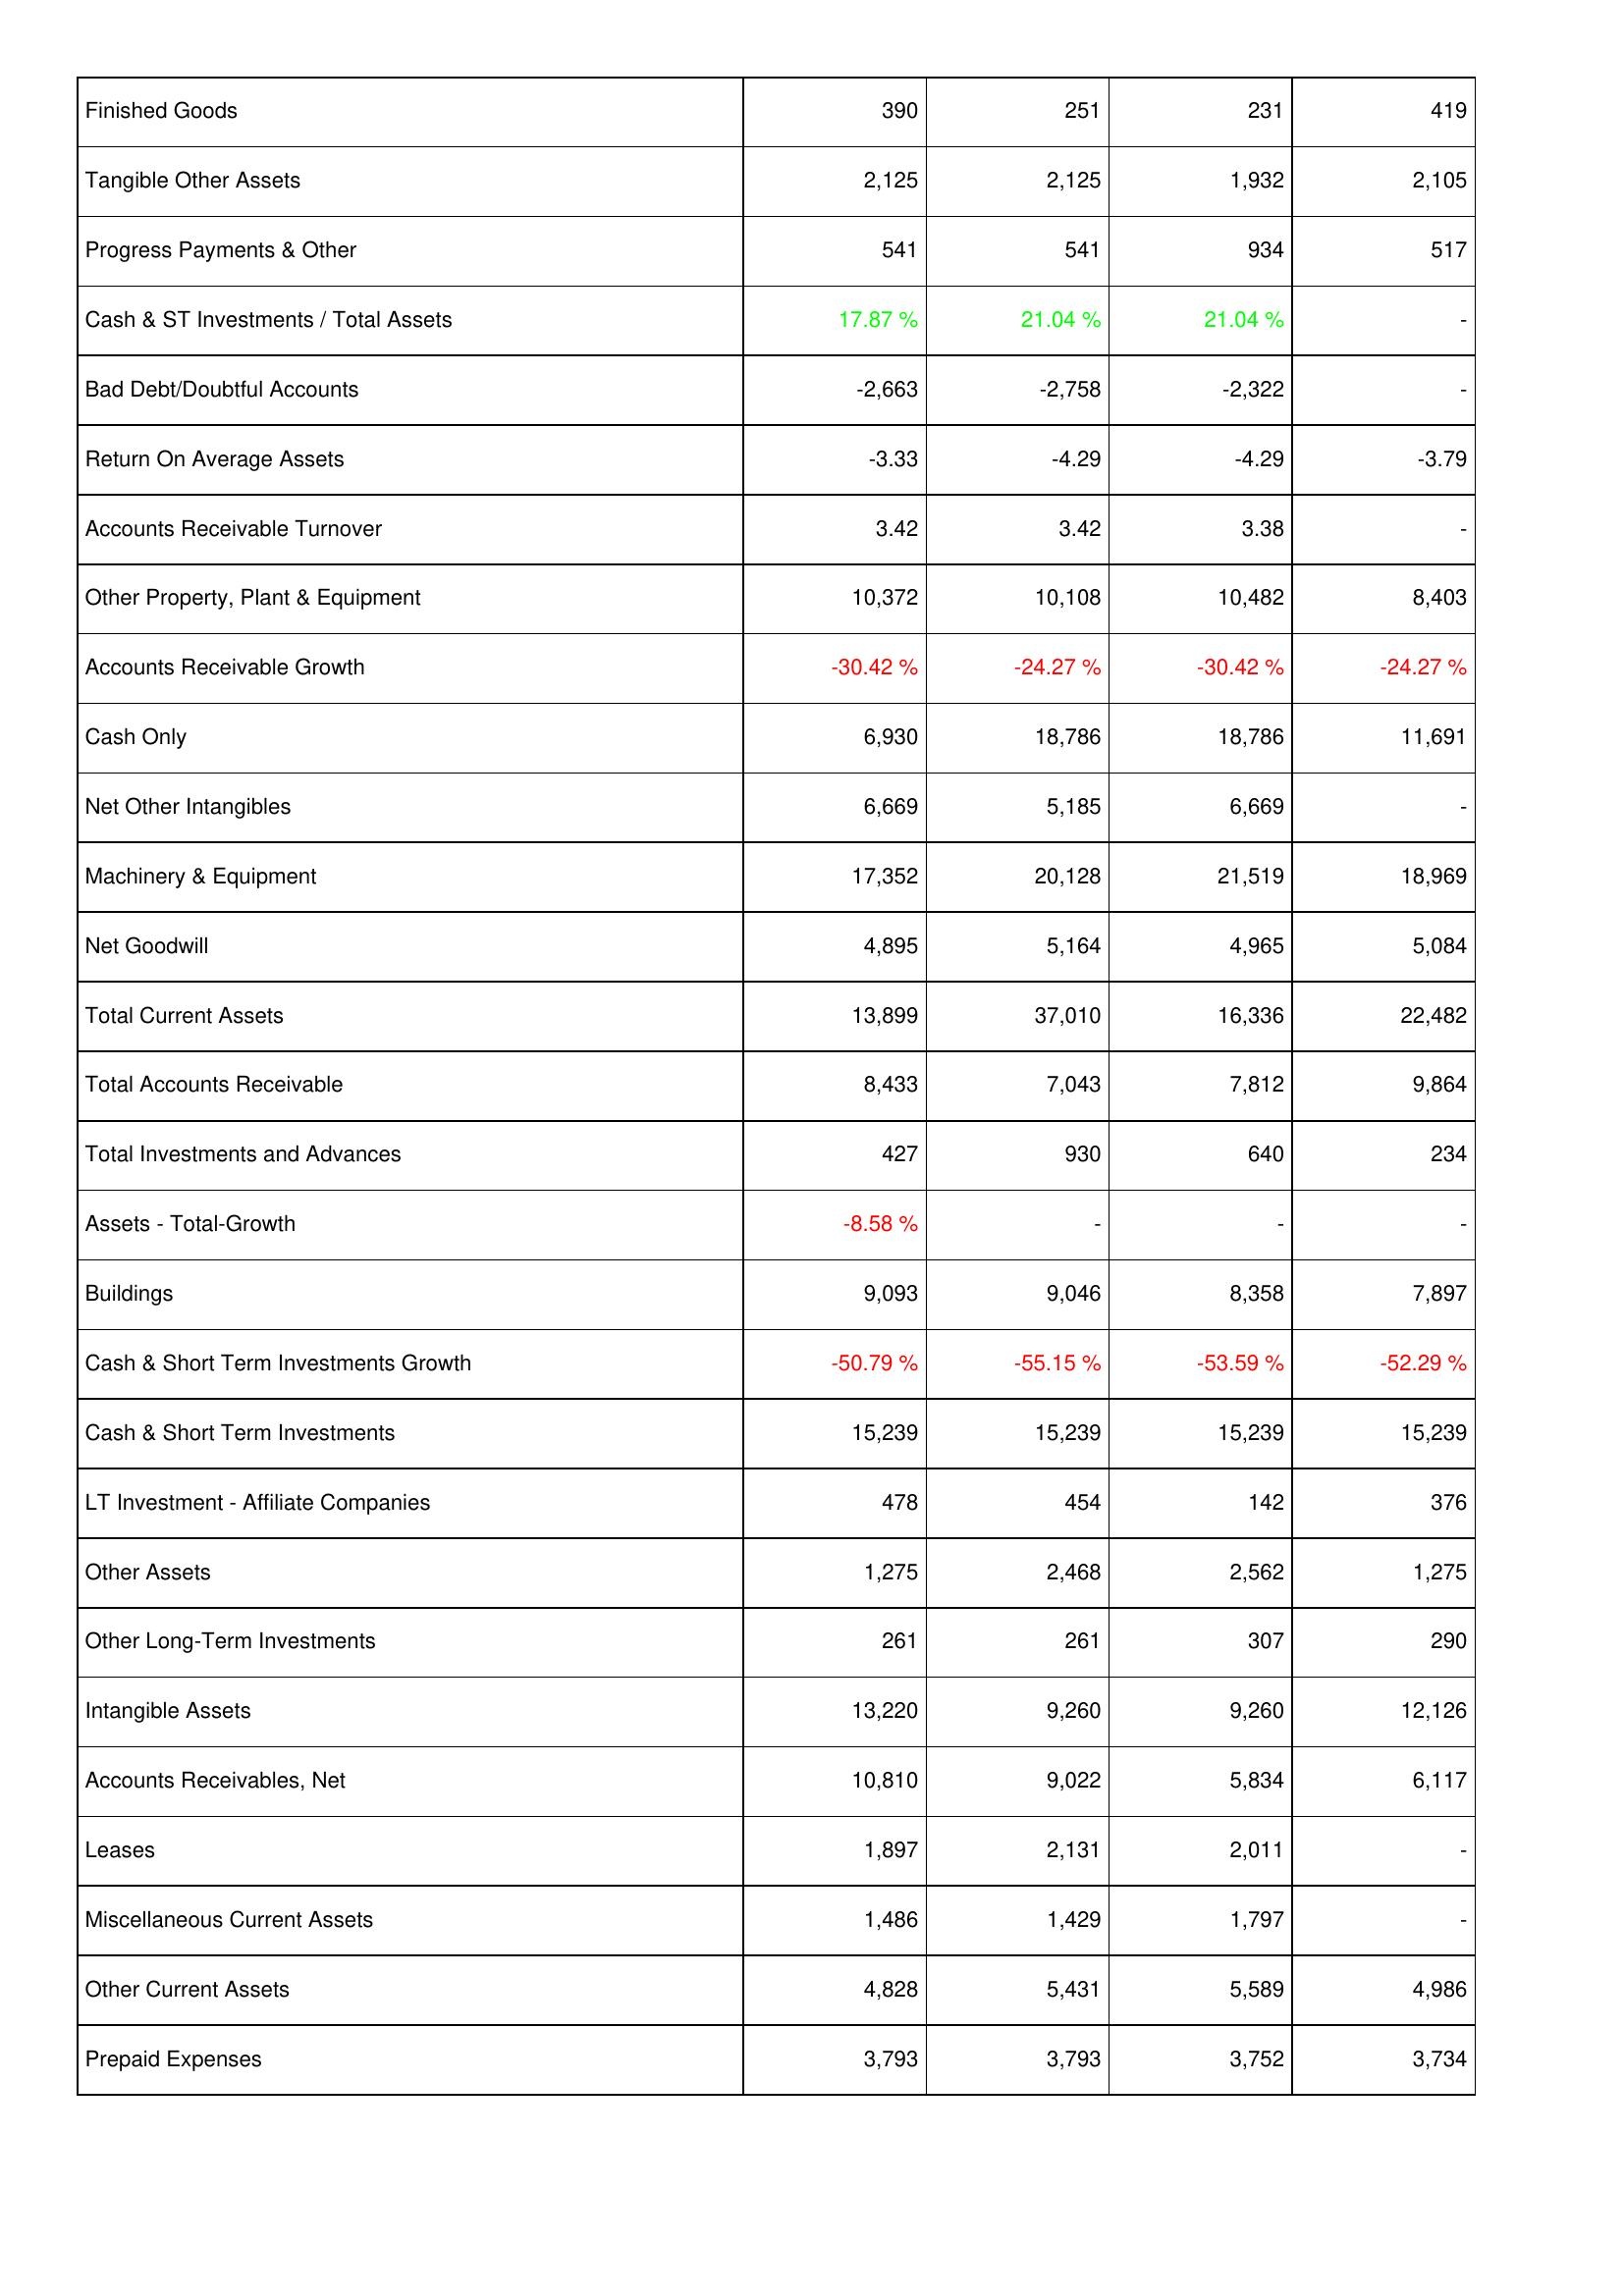
2013: Assets: Finished Goods: 390
Tangible Other Assets: 2,125
Progress Payments & Other: 541
Cash & ST Investments / Total Assets: 17.87 %
Bad Debt/Doubtful Accounts: -2,663
Return On Average Assets: -3.33
Accounts Receivable Turnover: 3.42
Other Property, Plant & Equipment: 10,372
Accounts Receivable Growth: -30.42 %
Cash Only: 6,930
Net Other Intangibles: 6,669
Machinery & Equipment: 17,352
Net Goodwill: 4,895
Total Current Assets: 13,899
Total Accounts Receivable: 8,433
Total Investments and Advances: 427
Assets - Total-Growth: -8.58 %
Buildings: 9,093
Cash & Short Term Investments Growth: -50.79 %
Cash & Short Term Investments: 15,239
LT Investment - Affiliate Companies: 478
Other Assets: 1,275
Other Long-Term Investments: 261
Intangible Assets: 13,220
Accounts Receivables, Net: 10,810
Leases: 1,897
Miscellaneous Current Assets: 1,486
Other Current Assets: 4,828
Prepaid Expenses: 3,793
2012: Assets: Finished Goods: 251
Tangible Other Assets: 2,125
Progress Payments & Other: 541
Cash & ST Investments / Total Assets: 21.04 %
Bad Debt/Doubtful Accounts: -2,758
Return On Average Assets: -4.29
Accounts Receivable Turnover: 3.42
Other Property, Plant & Equipment: 10,108
Accounts Receivable Growth: -24.27 %
Cash Only: 18,786
Net Other Intangibles: 5,185
Machinery & Equipment: 20,128
Net Goodwill: 5,164
Total Current Assets: 37,010
Total Accounts Receivable: 7,043
Total Investments and Advances: 930
Assets - Total-Growth: -
Buildings: 9,046
Cash & Short Term Investments Growth: -55.15 %
Cash & Short Term Investments: 15,239
LT Investment - Affiliate Companies: 454
Other Assets: 2,468
Other Long-Term Investments: 261
Intangible Assets: 9,260
Accounts Receivables, Net: 9,022
Leases: 2,131
Miscellaneous Current Assets: 1,429
Other Current Assets: 5,431
Prepaid Expenses: 3,793
2011: Assets: Finished Goods: 231
Tangible Other Assets: 1,932
Progress Payments & Other: 934
Cash & ST Investments / Total Assets: 21.04 %
Bad Debt/Doubtful Accounts: -2,322
Return On Average Assets: -4.29
Accounts Receivable Turnover: 3.38
Other Property, Plant & Equipment: 10,482
Accounts Receivable Growth: -30.42 %
Cash Only: 18,786
Net Other Intangibles: 6,669
Machinery & Equipment: 21,519
Net Goodwill: 4,965
Total Current Assets: 16,336
Total Accounts Receivable: 7,812
Total Investments and Advances: 640
Assets - Total-Growth: -
Buildings: 8,358
Cash & Short Term Investments Growth: -53.59 %
Cash & Short Term Investments: 15,239
LT Investment - Affiliate Companies: 142
Other Assets: 2,562
Other Long-Term Investments: 307
Intangible Assets: 9,260
Accounts Receivables, Net: 5,834
Leases: 2,011
Miscellaneous Current Assets: 1,797
Other Current Assets: 5,589
Prepaid Expenses: 3,752
2010: Assets: Finished Goods: 419
Tangible Other Assets: 2,105
Progress Payments & Other: 517
Cash & ST Investments / Total Assets: -
Bad Debt/Doubtful Accounts: -
Return On Average Assets: -3.79
Accounts Receivable Turnover: -
Other Property, Plant & Equipment: 8,403
Accounts Receivable Growth: -24.27 %
Cash Only: 11,691
Net Other Intangibles: -
Machinery & Equipment: 18,969
Net Goodwill: 5,084
Total Current Assets: 22,482
Total Accounts Receivable: 9,864
Total Investments and Advances: 234
Assets - Total-Growth: -
Buildings: 7,897
Cash & Short Term Investments Growth: -52.29 %
Cash & Short Term Investments: 15,239
LT Investment - Affiliate Companies: 376
Other Assets: 1,275
Other Long-Term Investments: 290
Intangible Assets: 12,126
Accounts Receivables, Net: 6,117
Leases: -
Miscellaneous Current Assets: -
Other Current Assets: 4,986
Prepaid Expenses: 3,734